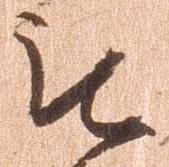
被